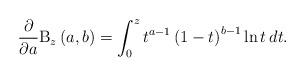
LaTeX: \begin{align*}\frac{\partial }{\partial a}\mathrm{B}_{z}\left( a,b\right)=\int_{0}^{z}t^{a-1}\left( 1-t\right) ^{b-1}\ln t\,dt. \end{align*}